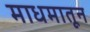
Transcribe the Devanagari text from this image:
माधमातून